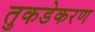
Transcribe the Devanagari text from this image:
तुकडेकरण